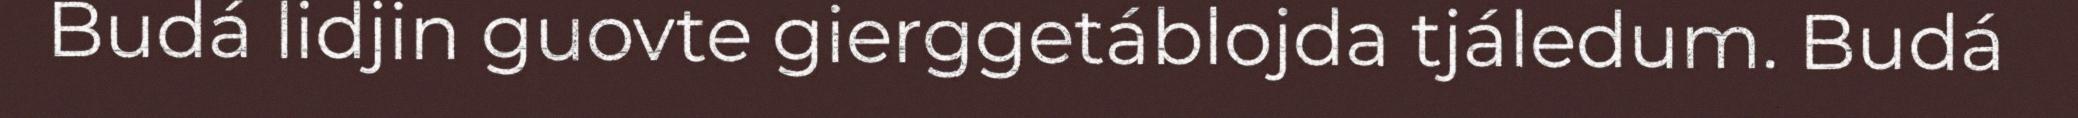
Budá lidjin guovte gierggetáblojda tjáledum. Budá